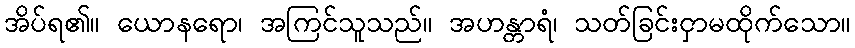
အိပ်ရ၏။ ယောနရော၊ အကြင်သူသည်။ အဟန္တာရံ၊ သတ်ခြင်းငှာမထိုက်သော။